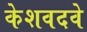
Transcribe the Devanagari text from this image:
केशवदवे